On a parasite found in the white corpuscles of the blood of dogs - Number 14
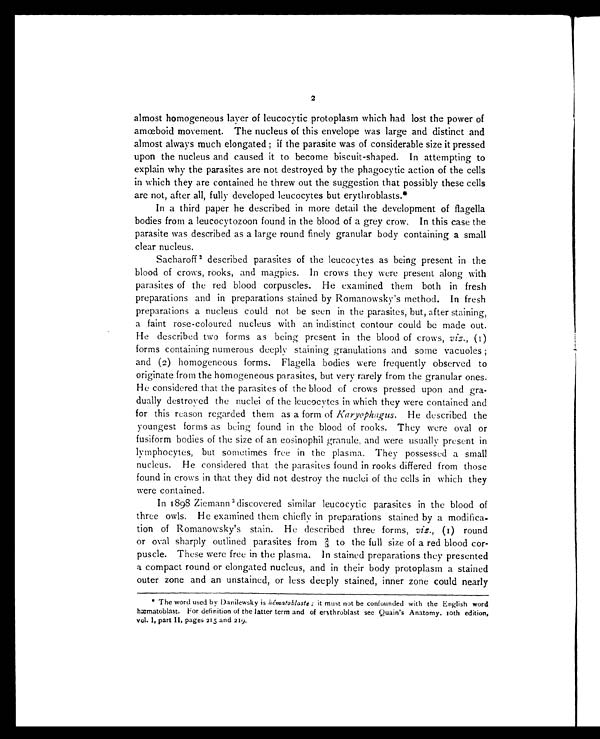
2
almost homogeneous layer of leucocytic protoplasm which had lost the power of
amœboid movement. The nucleus of this envelope was large and distinct and
almost always much elongated; if the parasite was of considerable size it pressed
upon the nucleus and caused it to become biscuit-shaped. In attempting to
explain why the parasites are not destroyed by the phagocytic action of the cells
in which they are contained he threw out the suggestion that possibly these cells
are not, after all, fully developed leucocytes but erythroblasts.*
In a third paper he described in more detail the development of flagella
bodies from a leucocytozoon found in the blood of a grey crow. In this case the
parasite was described as a large round finely granular body containing a small
clear nucleus.
Sacharoff 2 described parasites of the leucocytes as being present in the
blood of crows, rooks, and magpies. In crows they were present along with
parasites of the red blood corpuscles. He examined them both in fresh
preparations and in preparations stained by Romanowsky's method. In fresh
preparations a nucleus could not be seen in the parasites, but, after staining,
a faint rose-coloured nucleus with an indistinct contour could be made out.
He described two forms as being present in the blood of crows, viz., (1)
forms containing numerous deeply staining granulations and some vacuoles;
and (2) homogeneous forms. Flagella bodies were frequently observed to
originate from the homogeneous parasites, but very rarely from the granular ones.
He considered that the parasites of the blood of crows pressed upon and gra-
dually destroyed the nuclei of the leucocytes in which they were contained and
for this reason regarded them as a form of Karyophagus. He described the
youngest forms as being found in the blood of rooks. They were oval or
fusiform bodies of the size of an eosinophil granule, and were usually present in
lymphocytes, but sometimes free in the plasma. They possessed a small
nucleus. He considered that the parasites found in rooks differed from those
found in crows in that they did not destroy the nuclei of the cells in which they
were contained.
In 1898 Ziemann 3 discovered similar leucocytic parasites in the blood of
three owls. He examined them chiefly in preparations stained by a modifica-
tion of Romanowsky's stain. He described three forms, viz., (1) round
or oval sharply outlined parasites from 2/3 to the full size of a red blood cor-
puscle. These were free in the plasma. In stained preparations they presented
a compact round or elongated nucleus, and in their body protoplasm a stained
outer zone and an unstained, or less deeply stained, inner zone could nearly
* The word used by Danilewsky is hématoblaste; it must not be confounded with the English word
hæmatoblast. For definition of the latter term and of erythroblast see Quain's Anatomy. 10th edition,
vol. I, part II, pages 215 and 219.